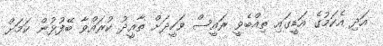
އަދި އެކަމުގެ އަޑީގައި ތިއްބެވީ ރައީސް ވަހީދަށް ތާއީދު ކުރައްވާ ބޭފުޅުން ކަމަށް